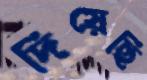
দিয়েছি